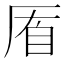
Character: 𠩮